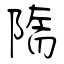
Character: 隋